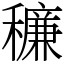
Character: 䆂